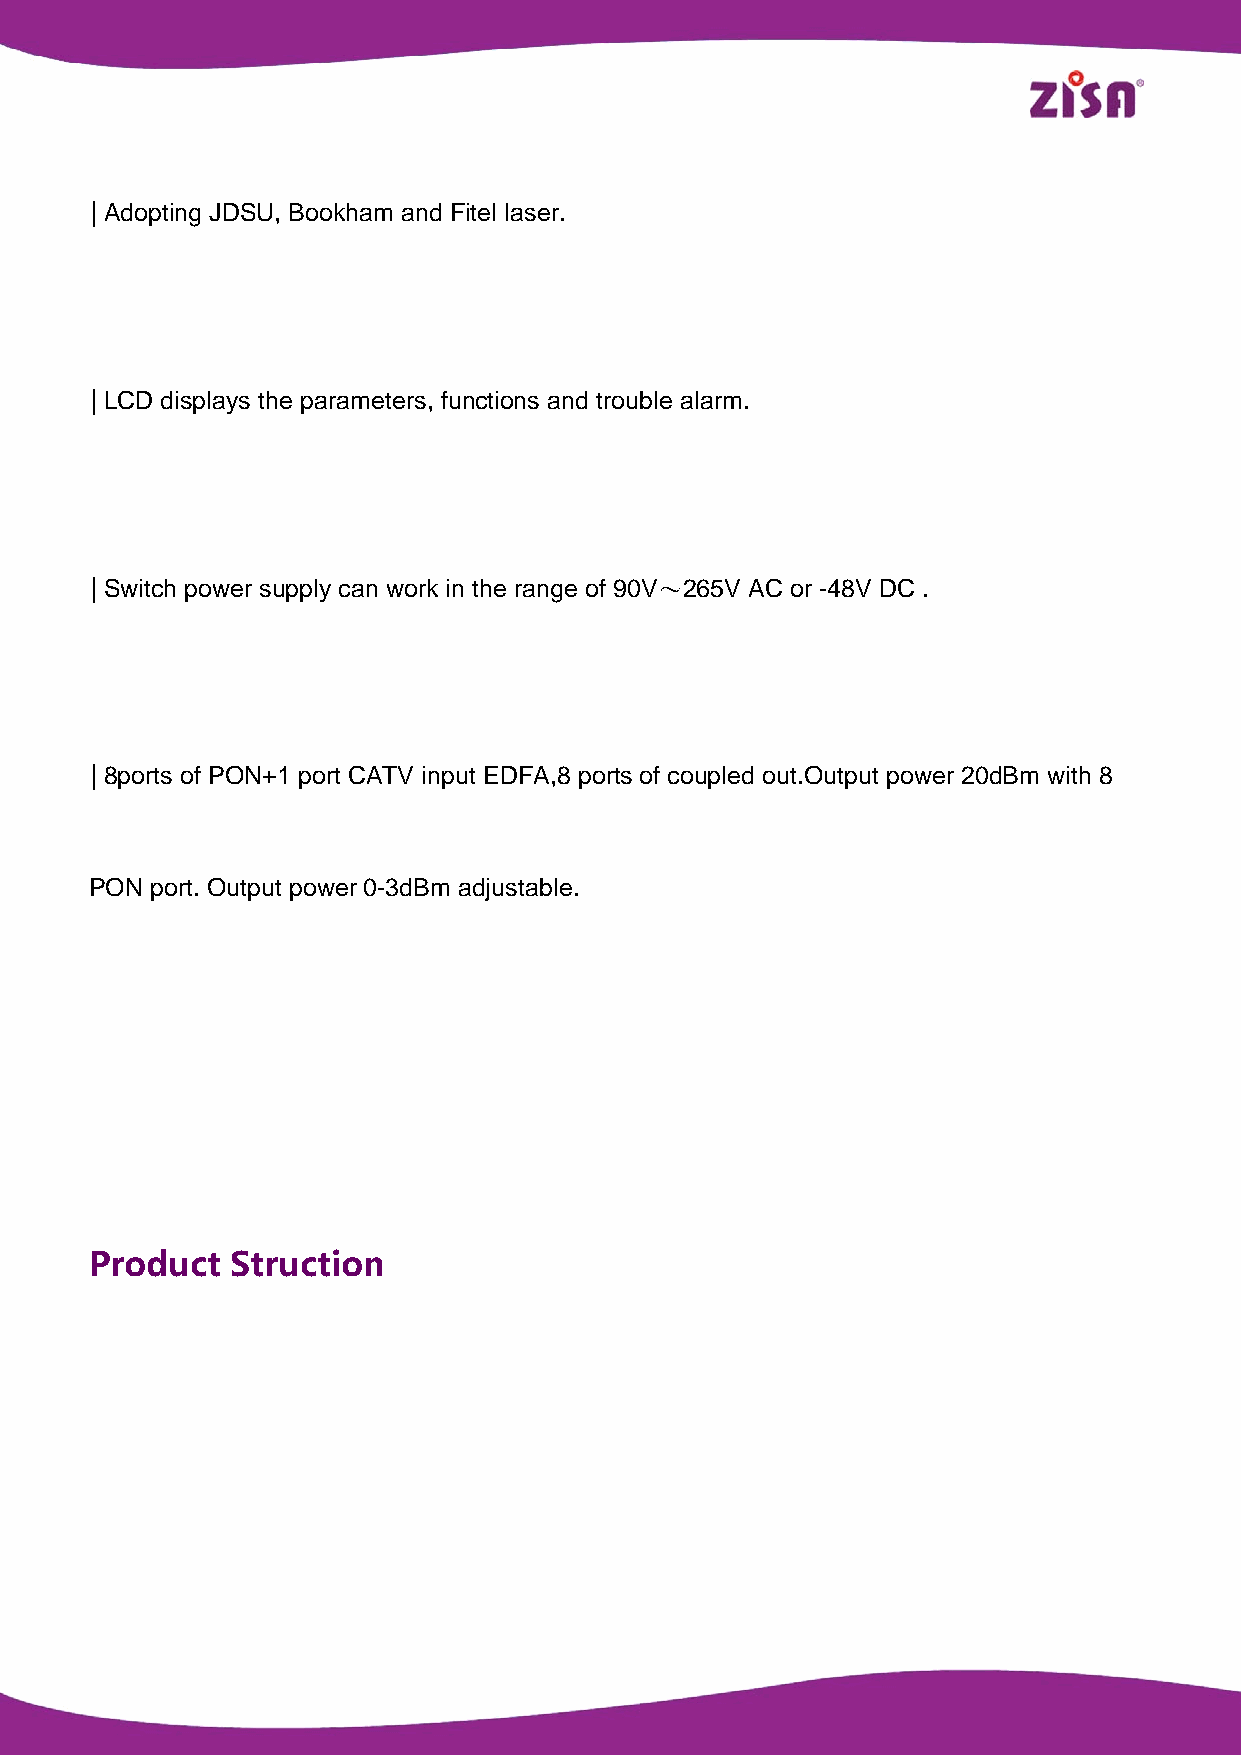
| Adopting JDSU, Bookham and Fitel laser.
 | LCD displays the parameters, functions and trouble alarm.
 | Switch power supply can work in the range of 90V～265V AC or -48V DC .
 | 8ports of PON+1 port CATV input EDFA,8 ports of coupled out.Output power 20dBm with 8
 PON port. Output power 0-3dBm adjustable.
 Product  Struction